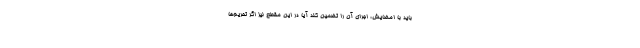
باید با امضایش، اجرای آن را تضمین کند آیا در این مقطع نیز اگر تحریم‌ها